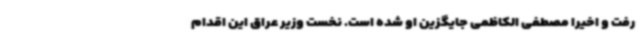
رفت و اخیرا مصطفی الکاظمی جایگزین او شده است. نخست وزیر عراق این اقدام